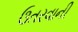
ઉતરવાની